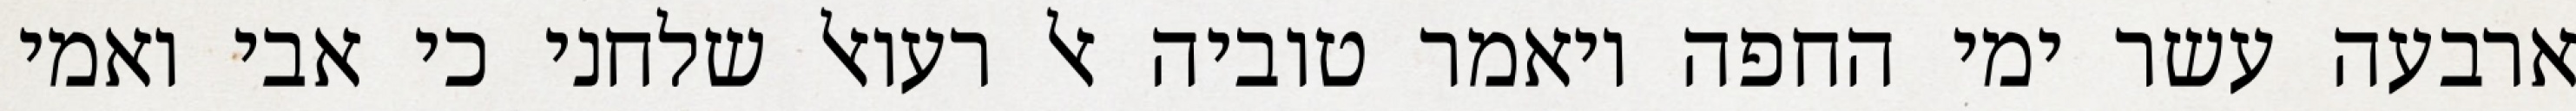
ארבעה עשר ימי החפה ויאמר טוביה אל רעואל שלחני כי אבי ואמי